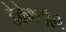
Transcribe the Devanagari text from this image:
डेकेथ्लॉन